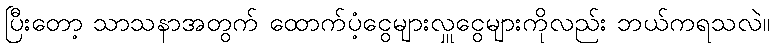
ပြီးတော့ သာသနာအတွက် ထောက်ပံ့ငွေများလှူငွေများကိုလည်း ဘယ်ကရသလဲ။